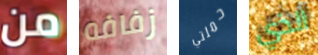
من زفافه حملتي الذي